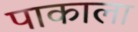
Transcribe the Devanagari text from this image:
पाकाला